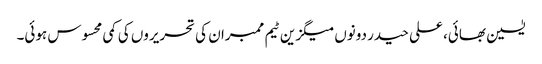
یٰسین بھائی، علی حیدر دونوں میگزین ٹیم ممبران کی تحریروں کی کمی محسوس ہوئی۔